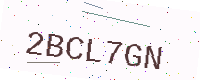
Text: 2BCL7GN